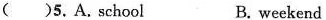
( )5. A. school B. weekend